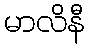
မာလိနီ